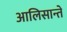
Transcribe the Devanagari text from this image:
आलिसान्ते